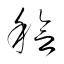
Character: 稔